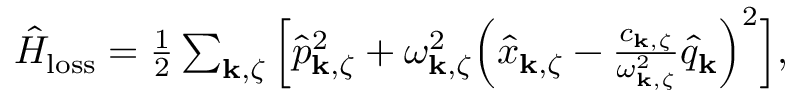
\begin{array} { r } { \hat { H } _ { \mathrm { l o s s } } = \frac { 1 } { 2 } \sum _ { { \bf k } , \zeta } \Big [ \hat { p } _ { { \bf k } , \zeta } ^ { 2 } + \omega _ { { \bf k } , \zeta } ^ { 2 } \Big ( \hat { x } _ { { \bf k } , \zeta } - \frac { c _ { { \bf k } , \zeta } } { \omega _ { { \bf k } , \zeta } ^ { 2 } } \hat { q } _ { \bf k } \Big ) ^ { 2 } \Big ] , } \end{array}